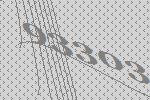
93303